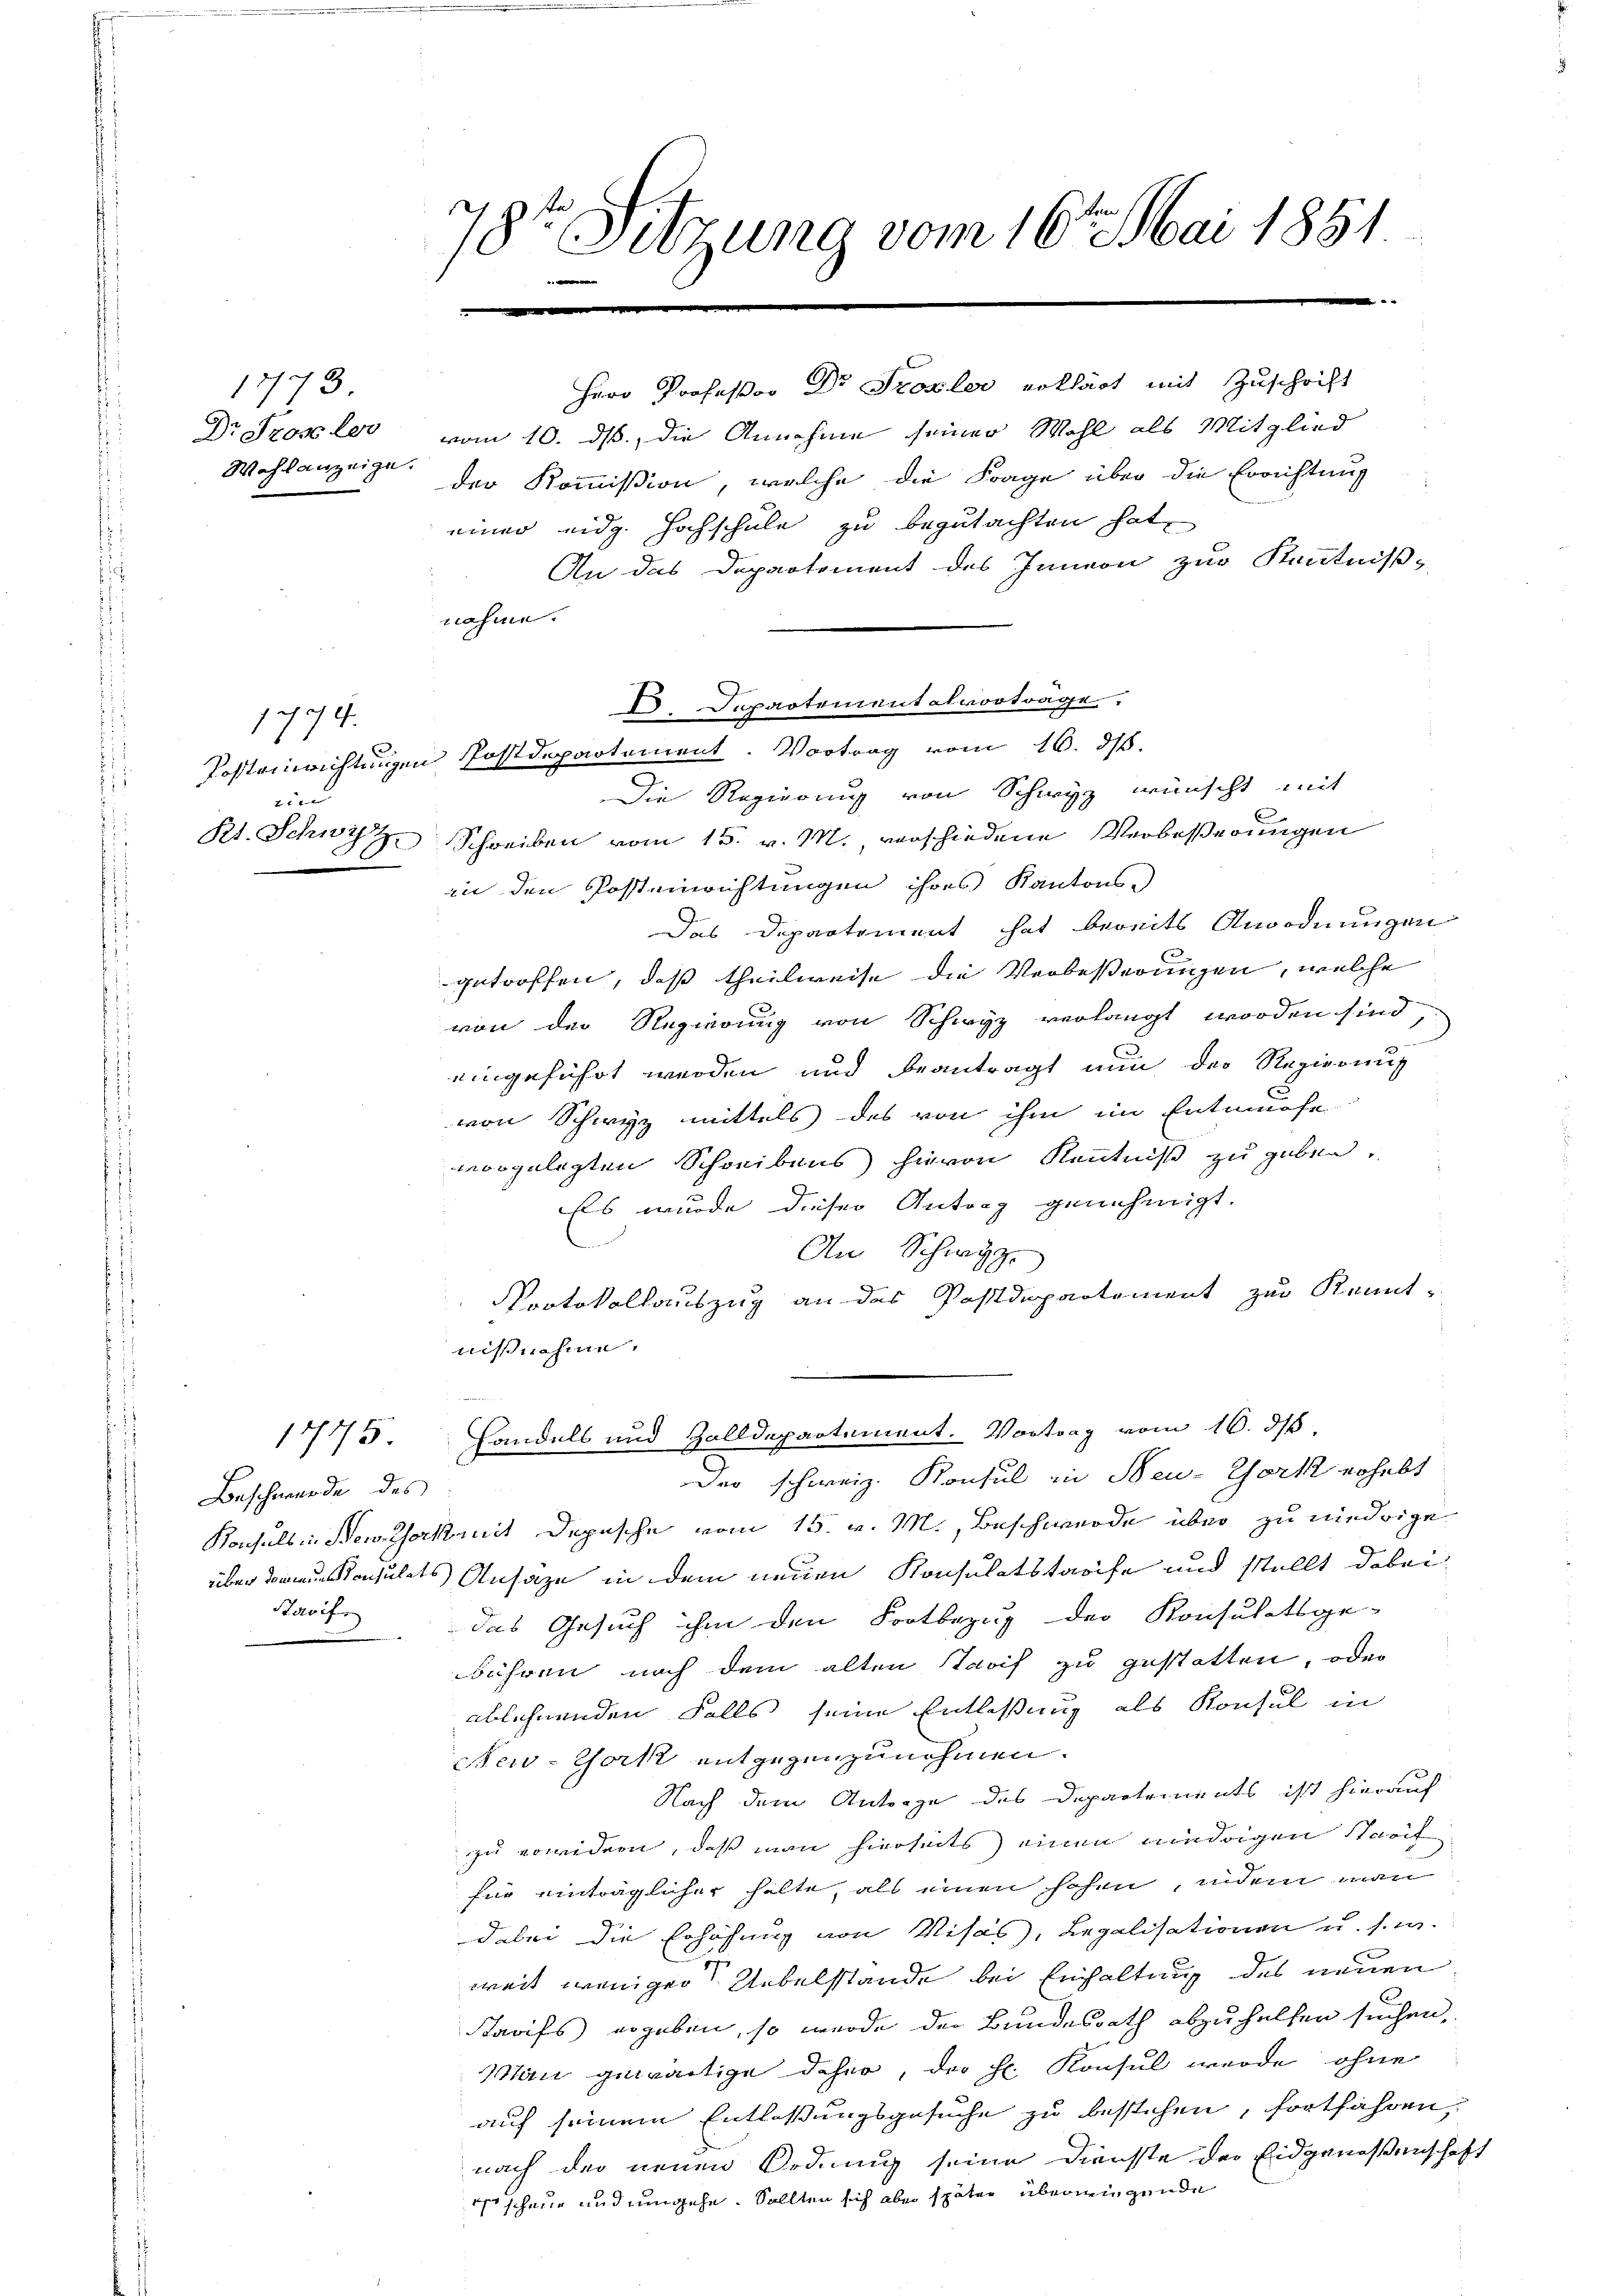
1773.
Dr. Prose les
Wahlanzeige.

1774.
Posteinrichtungen
2
Kt. Schwyz

1745

Beschwerde des
Havif

78te Sitzung vom 16ten Mai 1851

vom 10. ds, die Annahme seiner Wohl als Mitglied
der Kommißion, welche die Frage über die Errichtung
einer eidg. Hochschule zu begutachten hat,
An das Departement des Innern zur Kenntniß
nahme.
Die Regierung von Schwyz wünscht mit
Schreiben vom 15. v. M., verschiedene Verbeßerungen
in den Posteinrichtungen ihres Kantons-
Das Departement hat bereits Anordnungen
getroffen, daß theilweise die Verbeßerungen, welche
von der Regierung von Schwyz verlangt worden sind,
eingeführt werden und beantragt nun der Regierung
von Schwyz mittels des von ihm im Entwurfe
vorgelegten Schreibens hievon Kenntniß zu geben.
Es wurde dieser Antrag genehmigt.
An Schwyz
Protokollauszug an das Postdepartement zur Kennt-
nißnahme.
Handels und Zolldepartement. Vortrag vom 16. ds
Der schweiz. Konsul in Neu- York erhebt
A 22
Konsuls in Bewerkeit Depesche vom 15. v. M., Beschwerde über zu niedrige
übeonsulats Ansäze in dem neuen Konsulatstreife und stellt dabei
das Gesuch ihm den Fortbezug der Konsulatsge-
bühren noch dem alten Jarif zu gestatten, oder
ablehnenden Falls seine Entlaßung als Konsul in
New-York entgegenzunehmen.
Nach dem Antorge des Departements ist hierauf
zu erwidern, daß man hierseits einen niedrigen Stacit
für einträglicher halte, als einen schen, indem man
dabei die Erhöhung von Visas, Legalisationen u. s. w.
g
weit weniger Uebelstände bei Einhaltung des neuen
Starifs ergeben, so wurde der Bundesrath abzuhelfen suchen,
Man gewärtige daher, der Hr. Konsul werde ohne
auf seinem Entlassungsgesuche zu bestehen, fortfahren,
nach der neuen Ordnung seine Dienste der Eidgenossenschaf
4 schaue und umgehe. Sollten sich aber später überwiegende

I. Departement vorträge
Postdepartement. Vortrag vom 16. ds.

Herr Professor Dr. Probler erklärt mit Zuschrift

f